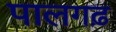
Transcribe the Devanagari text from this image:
पालगढ़